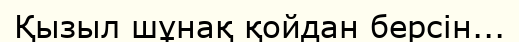
Қызыл шұнақ қойдан берсiн...